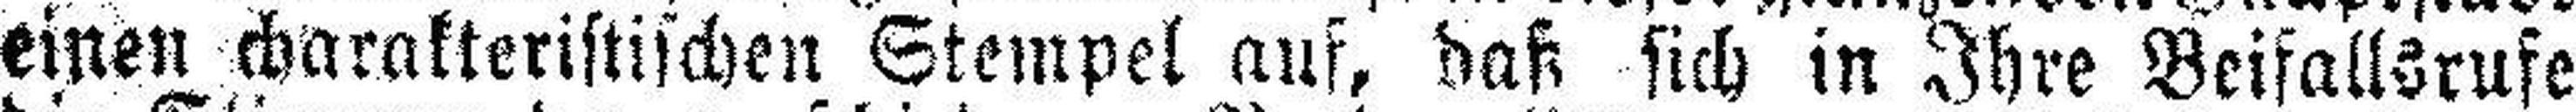
einen charakteristischen Stempel auf, daß sich in Ihre Beifallsrufe